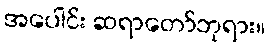
အပေါင်း ဆရာတော်ဘုရား။